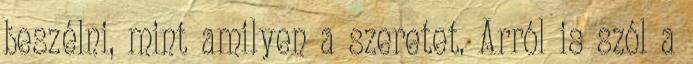
beszélni, mint amilyen a szeretet. Arról is szól a